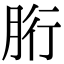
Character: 胻